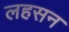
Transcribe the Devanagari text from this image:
लहसन